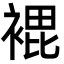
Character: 𮖘